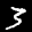
Label: 3